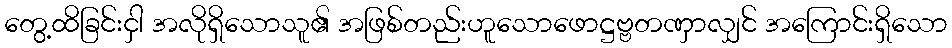
တွေ့ထိခြင်းငှါ အလိုရှိသောသူ၏ အဖြစ်တည်းဟူသောဖောဋ္ဌဗ္ဗတဏှာလျှင် အကြောင်းရှိသော